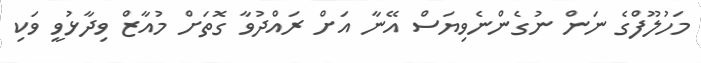
މަހުލޫފްގެ ނަން ނުގެންނެވިޔަސް އޭނާ އަށް ރައްދުވާ ގޮތަށް މުއާޒް ވިދާޅުވީ ވަކި